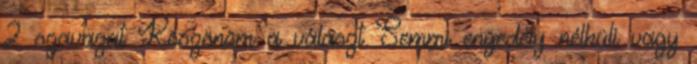
2 szavazat Köszönöm a választ Semmi engedély nélküli vagy